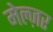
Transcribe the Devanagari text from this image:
मेल्ज़र